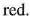
red.